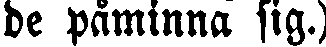
de påminna sig.)